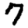
Digit: 7